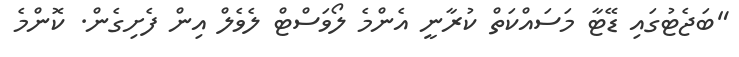
"ބަޖެޓުގައި ޑޭޓާ މަސައްކަތް ކުރާނީ އެންމެ ލޯވަސްޓް ލެވެލް އިން ފެށިގެން. ކޮންމެ